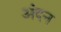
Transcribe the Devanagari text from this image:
अंदन